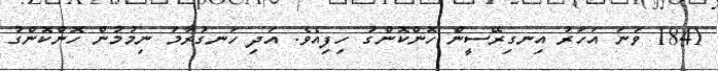
1841 ވަނަ އަހަރު އިނގިރޭސީން ހޮންކޮންގު ހިފިއެވެ. އަދި ހަނގުރާމަ ނިމުމުން ހޮންކޮންގު